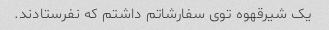
یک شیرقهوه توی سفارشاتم داشتم که نفرستادند.